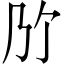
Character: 𫡐